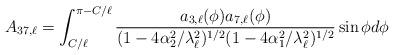
LaTeX: \begin{align*}A_{37,\ell}&= \int_{C/\ell}^{\pi -C/\ell} \frac{a_{3,\ell}(\phi) a_{7,\ell}(\phi)}{ (1-4 \alpha_2^2/\lambda_{\ell}^2)^{1/2} (1-4 \alpha_1^2/\lambda_{\ell}^2)^{1/2} } \sin \phi d \phi\end{align*}